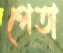
পেতা